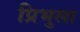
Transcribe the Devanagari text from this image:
प्रिभुला